Newspaper: Morning journal and courier. [volume]
Place of publication: New Haven [Conn.]
Publisher: J.B. Hotchkiss & Co.
Date: 1885-08-19 00:00:00
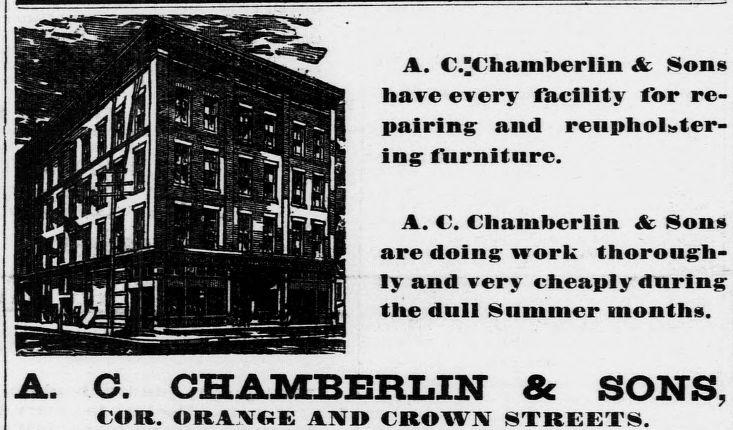
Advertisement text (OCR):
A. C. CHAMBERLIN 8c SONS, COR. ORAE AXD CROWN STREETS. A. C'Chamberlin &. Sons have every facility for re pairing and reiipholter ingr furniture. A. C Chamberlin &, Sons are doing: work thorough ly and very cheaply during the dull Summer months.
Label: illustrations